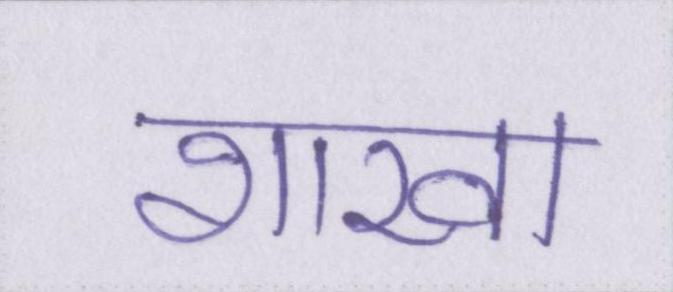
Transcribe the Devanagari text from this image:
शाखा